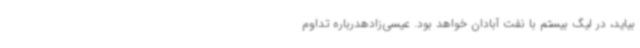
بیاید، در لیگ بیستم با نفت آبادان خواهد بود. عیسی‌زادهدرباره تداوم